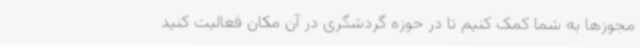
مجوزها به شما کمک کنیم تا در حوزه‌ گردشگری در آن مکان فعالیت کنید